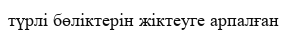
түрлі бөліктерін жіктеуге арпалған